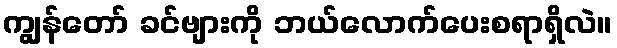
ကျွန်တော် ခင်ဗျားကို ဘယ်လောက်ပေးစရာရှိလဲ။